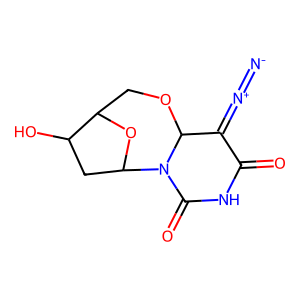
SMILES: [N-]=[N+]=C1C(=O)NC(=O)N2C3CC(O)C(COC12)O3
Inhibits HIV replication: No